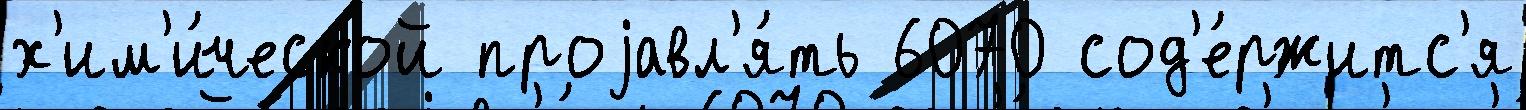
х'им'и́ческой проjавл'я́ть 6070 сод'е́ржитс'я